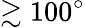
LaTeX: \gtrsim 100^{\circ}